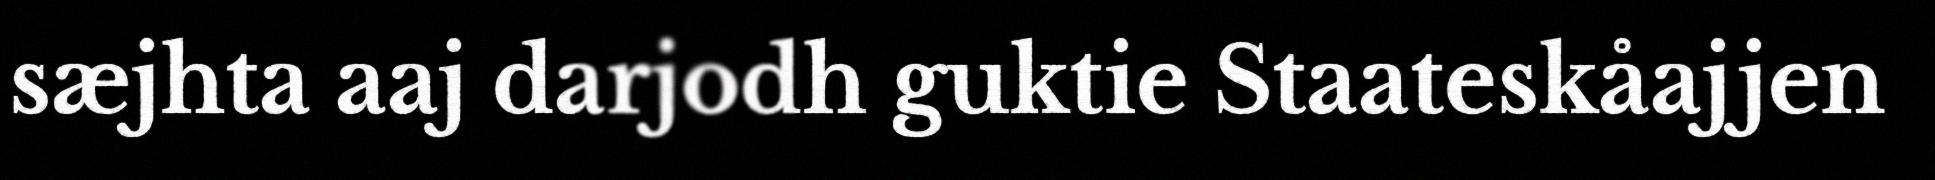
sæjhta aaj darjodh guktie Staateskåajjen